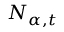
N _ { \alpha , t }